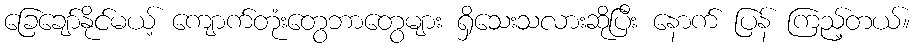
ခြေချော်နိုင်မယ့် ကျောက်တုံးတွေဘာတွေများ ရှိသေးသလားဆိုပြီး နောက် ပြန် ကြည့်တယ်။